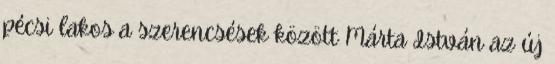
pécsi lakos a szerencsések között Márta István az új